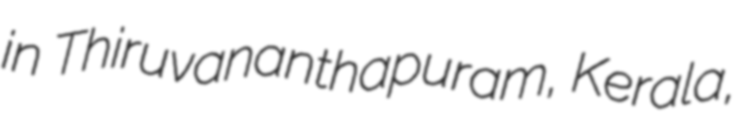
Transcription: in Thiruvananthapuram, Kerala,